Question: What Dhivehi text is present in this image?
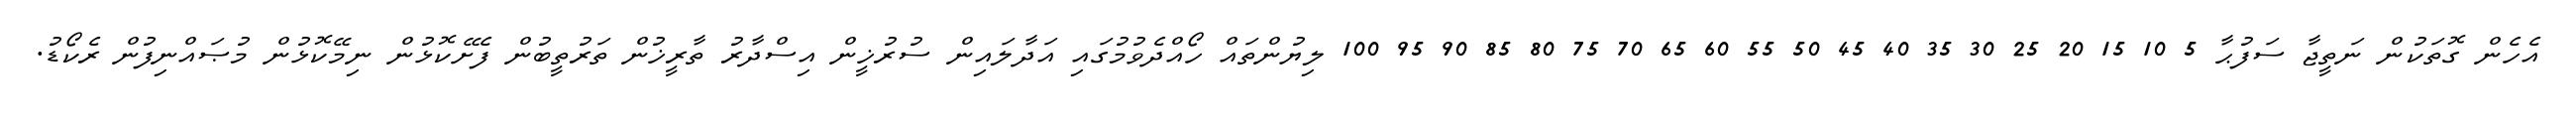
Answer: އެހެން ގޮތަކުން ނަތީޖާ ސަފުޙާ 5 10 15 20 25 30 35 40 45 50 55 60 65 70 75 80 85 90 95 100 ލިޔުންތައް ހޯއްދެވުމުގައި އަދާލައިން ސުރުޚީން އިސްދާރު ތާރީޚުން ތަރުތީބުން ފެށޭކޮޅުން ނިމޭކޮޅުން މުޞައްނިފުން ރެކޯޑު.